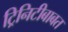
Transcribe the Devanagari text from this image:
ट्रिनिटीबाबत